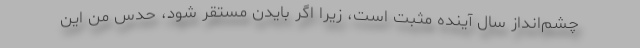
چشم‌انداز سال آینده مثبت است، زیرا اگر بایدن مستقر شود، حدس من این